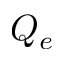
Q _ { e }